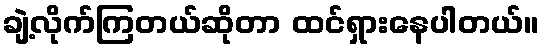
ချဲ့လိုက်ကြတယ်ဆိုတာ ထင်ရှားနေပါတယ်။